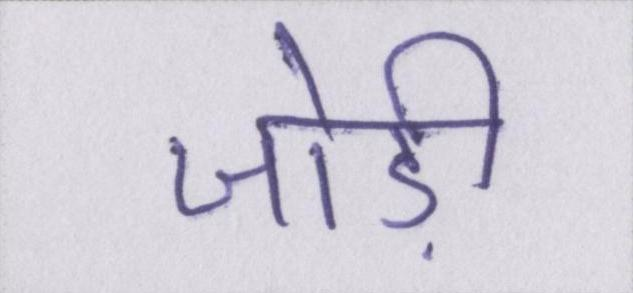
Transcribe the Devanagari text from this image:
जोड़ी